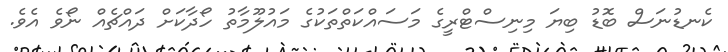
ކެނޑުނަސް ބޮޑު ބިޔަ މިނިސްޓްރީގެ މަސައްކަތްތަކުގެ މައުލޫމާތު ހޯދާކަށް ދައްޗެއް ނޯވެ އެވެ.